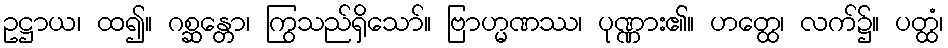
ဥဋ္ဌာယ၊ ထ၍။ ဂစ္ဆန္တော၊ ကြွသည်ရှိသော်။ ဗြာဟ္မဏဿ၊ ပုဏ္ဏား၏။ ဟတ္ထေ၊ လက်၌။ ပတ္ထံ၊